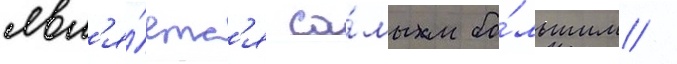
явл'я́етс'я са́мым бо́льшим /